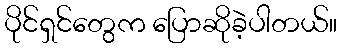
ပိုင်ရှင်တွေက ပြောဆိုခဲ့ပါတယ်။